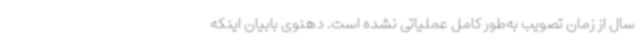
سال از زمان تصویب به‌طور کامل عملیاتی نشده است. دهنوی بابیان اینکه